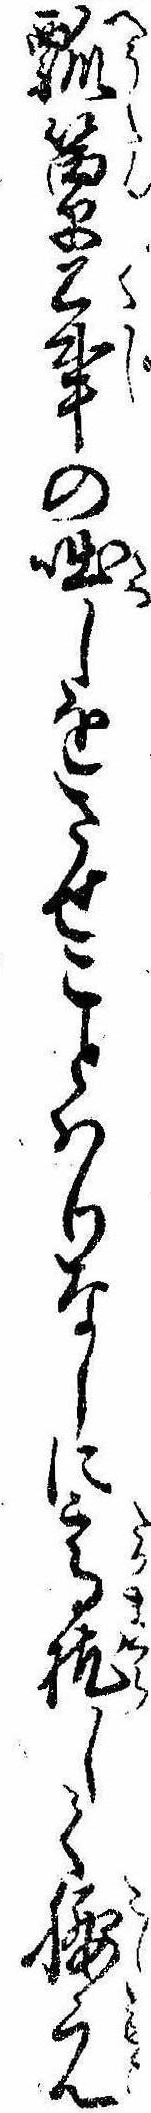
瓢箪公事の咄しをさせことはりなしに高枕して腰元